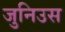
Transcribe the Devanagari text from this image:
जुनिउस